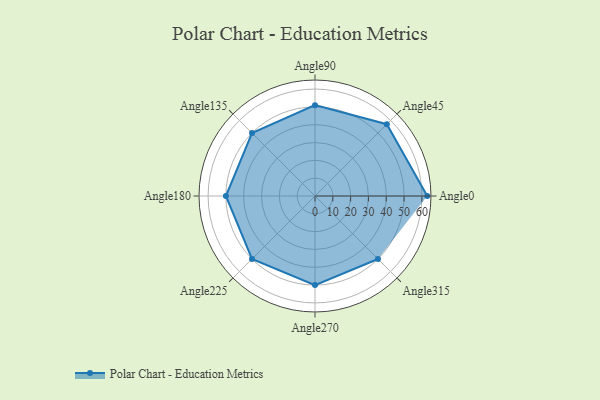
{"axis": {"x": "Angle", "y": "Radius"}, "legend": [""], "data": [{"x": "Angle0", "y": 63.0, "type": ""}, {"x": "Angle45", "y": 57.0, "type": ""}, {"x": "Angle90", "y": 51.0, "type": ""}, {"x": "Angle135", "y": 50, "type": ""}, {"x": "Angle180", "y": 50, "type": ""}, {"x": "Angle225", "y": 50, "type": ""}, {"x": "Angle270", "y": 50, "type": ""}, {"x": "Angle315", "y": 50, "type": ""}]}